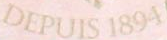
DEPUIS 1894